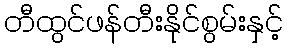
တီထွင်ဖန်တီးနိုင်စွမ်းနှင့်